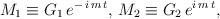
LaTeX: \begin{align*}M_{1}\equiv G_{1}\,e^{-\,i\,m\,t},\,M_{2}\equiv G_{2}\,e^{i\,m\,t},\end{align*}